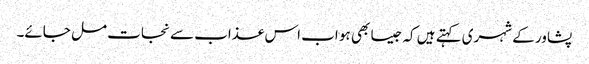
پشاور کے شہری کہتے ہیں کہ جیسا بھی ہو اب اس عذاب سے نجات مل جائے۔